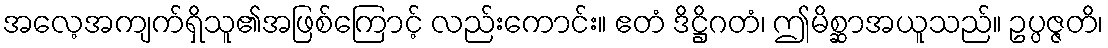
အလေ့အကျက်ရှိသူ၏အဖြစ်ကြောင့် လည်းကောင်း။ ဧတံ ဒိဋ္ဌိဂတံ၊ ဤမိစ္ဆာအယူသည်။ ဥပ္ပဇ္ဇတိ၊